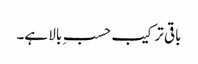
باقی ترکیب حسبِ بالا ہے۔